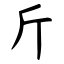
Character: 斤